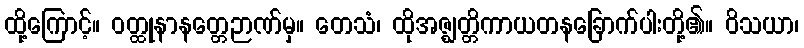
ထို့ကြောင့်။ ဝတ္ထုနာနတ္တေဉာဏ်မှ။ တေသံ၊ ထိုအဇ္ဈတ္တိကာယတနခြောက်ပါးတို့၏။ ဝိသယာ၊